Scottish Leaving Certificate Examination, 1958
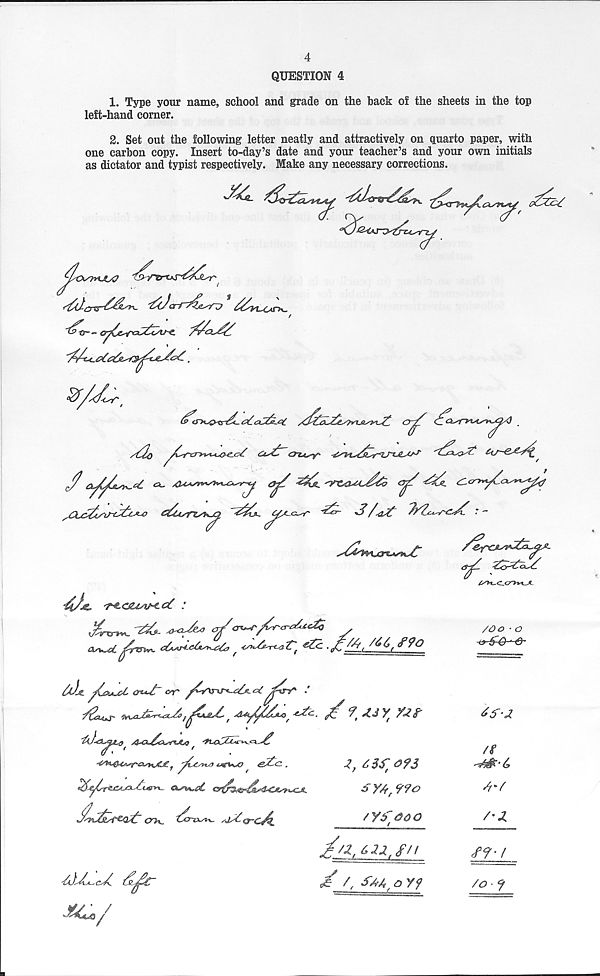
4
QUESTION 4
1. Type your name, school and grade on the hack of the sheets in the top
left-hand corner.
2. Set out the following letter neatly and attractively on quarto paper, with
one carbon copy. Insert to-day’s date and your teacher’s and your own initials
as dictator and typist respectively. Make any necessary corrections.
'^s
/
”^0--
'/c*C
J^A-G-rT ^ 3 /^t T/Z^r f-^ : -
-r^-c^Mv^tesZ :
3*3 ^<33, cr/a^r/C^a~3u^
t
3asuAc6i^,^> f 33 T Ga'€' i ^Z2 . £ 3 1
£90
/Oo ■ o
AAX^a^nA/a
J *T°‘
■&fa&CA^r&isyuC£ y
tJsFWA? &3<z .
'jhc&3z<x3 cr>x_ Zaiaxs-^ /j3c3-c3i.
Zi)3^c3. Zjl^Zc
M^/
1, 633 0?3
6 Y/f f ?9o
/y3doo
/_q i 6 22 i f/l
/ 4 sm, q y?
33-2
/S
'-YYjY' b
6t'6
/’X
39-1
/o - 9